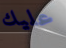
عليك